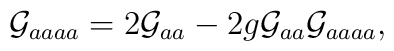
{\cal G}_{aaaa}=2{\cal G}_{aa} -2g{\cal G}_{aa} {\cal G}_{aaaa},